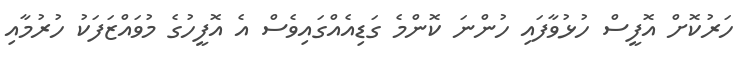
ހަރުކޮށް އޮފީސް ހުޅުވާފައި ހުންނަ ކޮންމެ ގަޑިއެއްގައިވެސް އެ އޮފީހުގެ މުވަައްޒަފަކު ހުރުމާއި